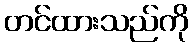
တင်ထားသည်ကို